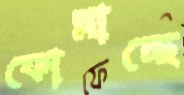
ফোস্‌লাচ্ছে